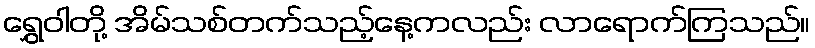
ရွှေဝါတို့ အိမ်သစ်တက်သည့်နေ့ကလည်း လာရောက်ကြသည်။